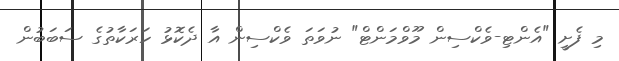
މި ފެށީ "އެންޓި-ވެކްސިން މޫވްމަންޓް" ނުވަތަ ވެކްސިން އާ ދެކޮޅު ހަރަކާތުގެ ސަބަބުން